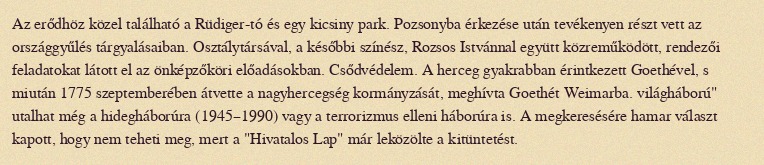
Az erődhöz közel található a Rüdiger-tó és egy kicsiny park. Pozsonyba érkezése után tevékenyen részt vett az országgyűlés tárgyalásaiban. Osztálytársával, a későbbi színész, Rozsos Istvánnal együtt közreműködött, rendezői feladatokat látott el az önképzőköri előadásokban. Csődvédelem. A herceg gyakrabban érintkezett Goethével, s miután 1775 szeptemberében átvette a nagyhercegség kormányzását, meghívta Goethét Weimarba. világháború" utalhat még a hidegháborúra (1945–1990) vagy a terrorizmus elleni háborúra is. A megkeresésére hamar választ kapott, hogy nem teheti meg, mert a "Hivatalos Lap" már leközölte a kitüntetést.